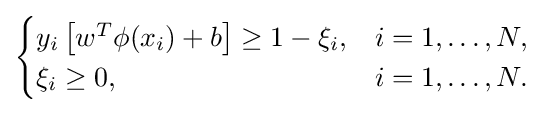
{\begin{cases}y_{i}\left[{w^{T}\phi (x_{i})+b}\right]\geq 1-\xi _{i},&i=1,\ldots ,N,\\\xi _{i}\geq 0,&i=1,\ldots ,N.\end{cases}}